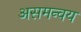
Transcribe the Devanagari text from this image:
असमन्वय